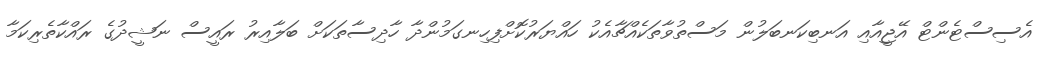
އެސިސްޓެންޓް އޭޖީއާއި އަނބިކަނބަލުން މަސްތުވާތަކެއްޗާއެކު ހައްޔަރުކޮށްފިހިނގަމުންދާ ހާދިސާތަކަށް ބަލާއިރު ރައީސް ނަޝީދުގެ ރައްކާތެރިކަމާ